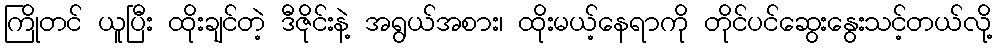
ကြိုတင် ယူပြီး ထိုးချင်တဲ့ ဒီဇိုင်းနဲ့ အရွယ်အစား၊ ထိုးမယ့်နေရာကို တိုင်ပင်ဆွေးနွေးသင့်တယ်လို့